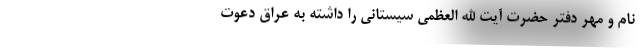
نام و مهر دفتر حضرت آیت الله العظمی سیستانی را داشته به عراق دعوت